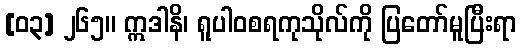
[၀၃] ၂၆၅။ ဣဒါနိ၊ ရူပါဝစရကုသိုလ်ကို ပြတော်မူပြီးရာ